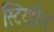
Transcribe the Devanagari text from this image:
स्टियरिन